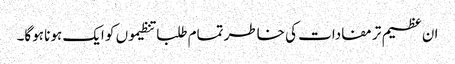
ان عظیم تر مفادات کی خاطر تمام طلبا تنظیموں کو ایک ہونا ہوگا۔